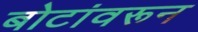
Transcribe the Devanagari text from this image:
बोटांवरून